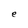
Character: e